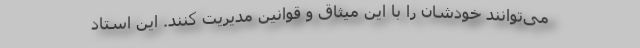
می‌توانند خودشان را با این میثاق و قوانین مدیریت کنند. این استاد